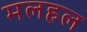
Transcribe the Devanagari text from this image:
मलहल